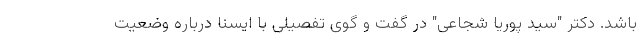
باشد. دکتر "سید پوریا شجاعی" در گفت و گوی تفصیلی با ایسنا درباره وضعیت